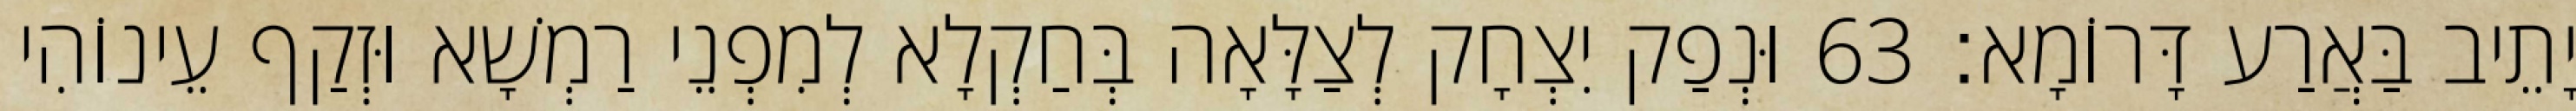
יָתֵיב בַּאֲרַע דָּרוֹמָא׃ 63 וּנְפַק יִצְחָק לְצַלָּאָה בְּחַקְלָא לְמִפְנֵי רַמְשָׁא וּזְקַף עֵינוֹהִי